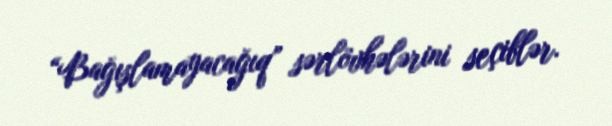
“Bağışlamayacağıq” sərlövhələrini seçiblər.